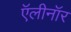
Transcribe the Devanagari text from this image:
ऍलीनॉर